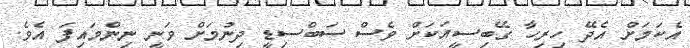
އެކަމަށް އެދޭ ހިރިހާ ގޭބިސީއަކަށް ވެސް ސަބްސިޑީ ދިނުމަށް ވަނީ ނިންމައިފަ އެވެ.